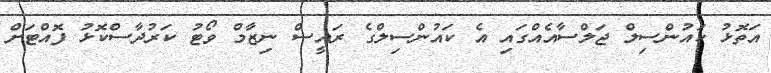
އަތޮޅު ކައުންސިލް ޖަލްސާއެއްގައި އެ ކައުންސިލްގެ ރައީސް ނިޒާމް ވޯޓު ކަރުދާސްކޮޅު ފޮއްޓަށް